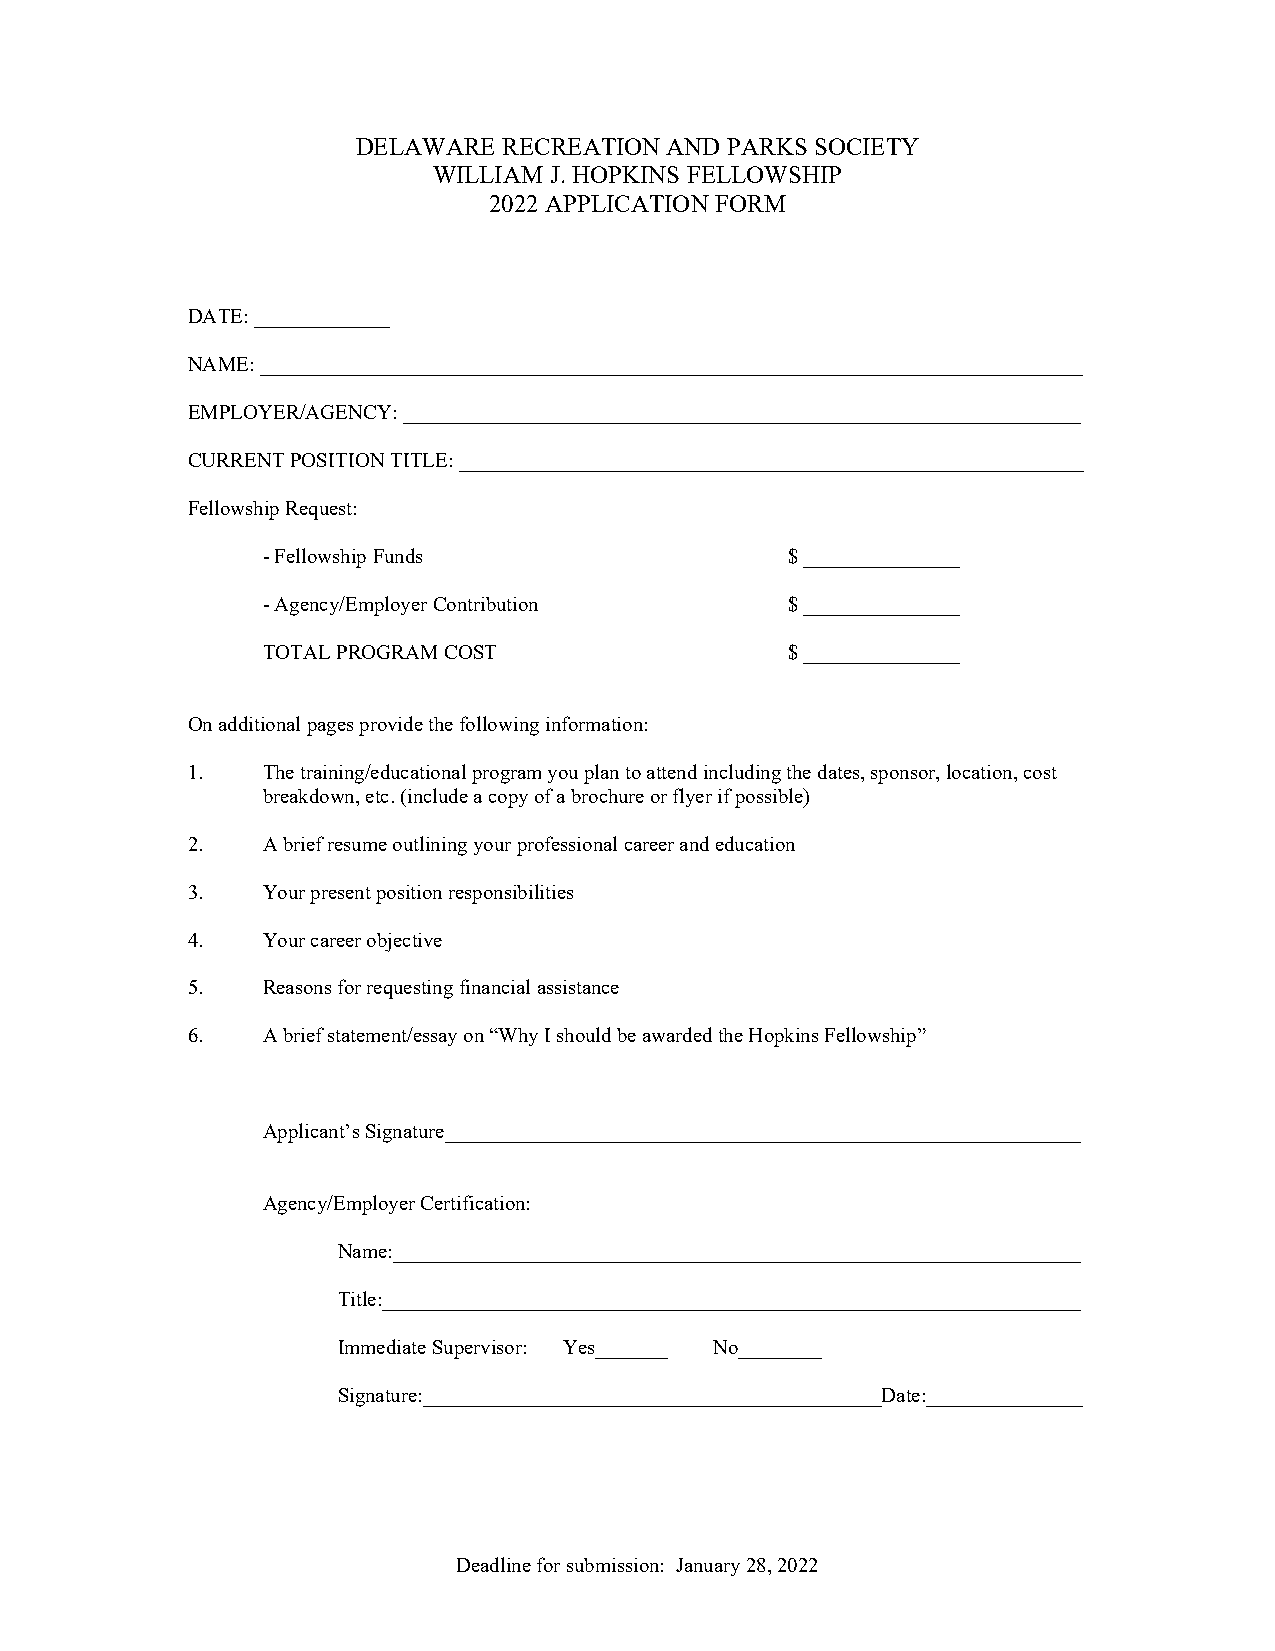
DELAWARE RECREATIONAND  PARKSSOCIETY
 WILLIAM J.HOPKINS FELLOWSHIP
 2022APPLICATION FORM
 DATE:_____________
 NAME:_______________________________________________________________________________
 EMPLOYER/AGENCY:_________________________________________________________________
 CURRENTPOSITIONTITLE:____________________________________________________________
 FellowshipRequest:
 -FellowshipFunds                   $_______________
 -Agency/EmployerContribution       $_______________
 TOTALPROGRAMCOST                   $_______________
 Onadditionalpagesprovidethefollowinginformation:
 1.   Thetraining/educationalprogramyouplantoattendincludingthedates,sponsor,location,cost
 breakdown,etc.(includeacopyofabrochureorflyerifpossible)
 2.   Abriefresumeoutliningyourprofessionalcareerandeducation
 3.   Yourpresentpositionresponsibilities
 4.   Yourcareerobjective
 5.   Reasonsforrequestingfinancialassistance
 6.   Abriefstatement/essayon“WhyIshouldbeawardedtheHopkinsFellowship”
 Applicant’sSignature_____________________________________________________________
 Agency/EmployerCertification:
 Name:__________________________________________________________________
 Title:___________________________________________________________________
 ImmediateSupervisor: Yes_______ No________
 Signature:____________________________________________Date:_______________
 Deadlineforsubmission: January28,2022